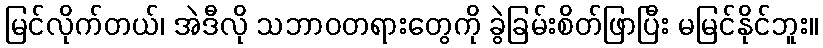
မြင်လိုက်တယ်၊ အဲဒီလို သဘာဝတရားတွေကို ခွဲခြမ်းစိတ်ဖြာပြီး မမြင်နိုင်ဘူး။